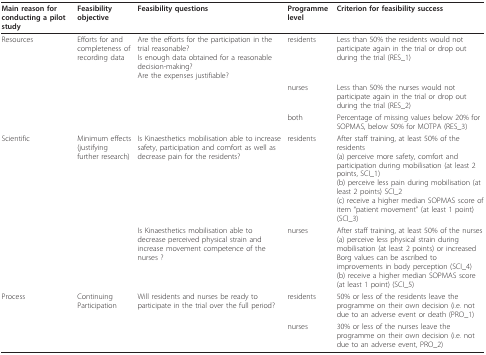
<table><thead><tr><td><b>Main reason for conducting a pilot study</b></td><td><b>Feasibility objective</b></td><td><b>Feasibility questions</b></td><td><b>Programme level</b></td><td><b>Criterion for feasibility success</b></td></tr></thead><tbody><tr><td>Resources</td><td>Efforts for and completeness of recording data</td><td>Are the efforts for the participation in the trial reasonable?Is enough data obtained for a reasonable decision-making?Are the expenses justifiable?</td><td>residents</td><td>Less than 50% the residents would not participate again in the trial or drop out during the trial (RES_1)</td></tr><tr><td></td><td></td><td></td><td>nurses</td><td>Less than 50% the nurses would not participate again in the trial or drop out during the trial (RES_2)</td></tr><tr><td></td><td></td><td></td><td>both</td><td>Percentage of missing values below 20% for SOPMAS, below 50% for MOTPA (RES_3)</td></tr><tr><td>Scientific</td><td>Minimum effects (justifying further research)</td><td>Is Kinaesthetics mobilisation able to increase safety, participation and comfort as well as decrease pain for the residents?</td><td>residents</td><td>After staff training, at least 50% of the residents(a) perceive more safety, comfort and participation during mobilisation (at least 2 points, SCI_1)(b) perceive less pain during mobilisation (at least 2 points) SCI_2(c) receive a higher median SOPMAS score of item &quot;patient movement&quot; (at least 1 point) (SCI_3)</td></tr><tr><td></td><td></td><td>Is Kinaesthetics mobilisation able to decrease perceived physical strain and increase movement competence of the nurses ?</td><td>nurses</td><td>After staff training, at least 50% of the nurses(a) perceive less physical strain during mobilisation (at least 2 points) or increased Borg values can be ascribed to improvements in body perception (SCI_4)(b) receive a higher median SOPMAS score (at least 1 point) (SCI_5)</td></tr><tr><td>Process</td><td>Continuing Participation</td><td>Will residents and nurses be ready to participate in the trial over the full period?</td><td>residents</td><td>50% or less of the residents leave the programme on their own decision (i.e. not due to an adverse event or death (PRO_1)</td></tr><tr><td></td><td></td><td></td><td>nurses</td><td>30% or less of the nurses leave the programme on their own decision (i.e. not due to an adverse event, PRO_2)</td></tr></tbody></table>